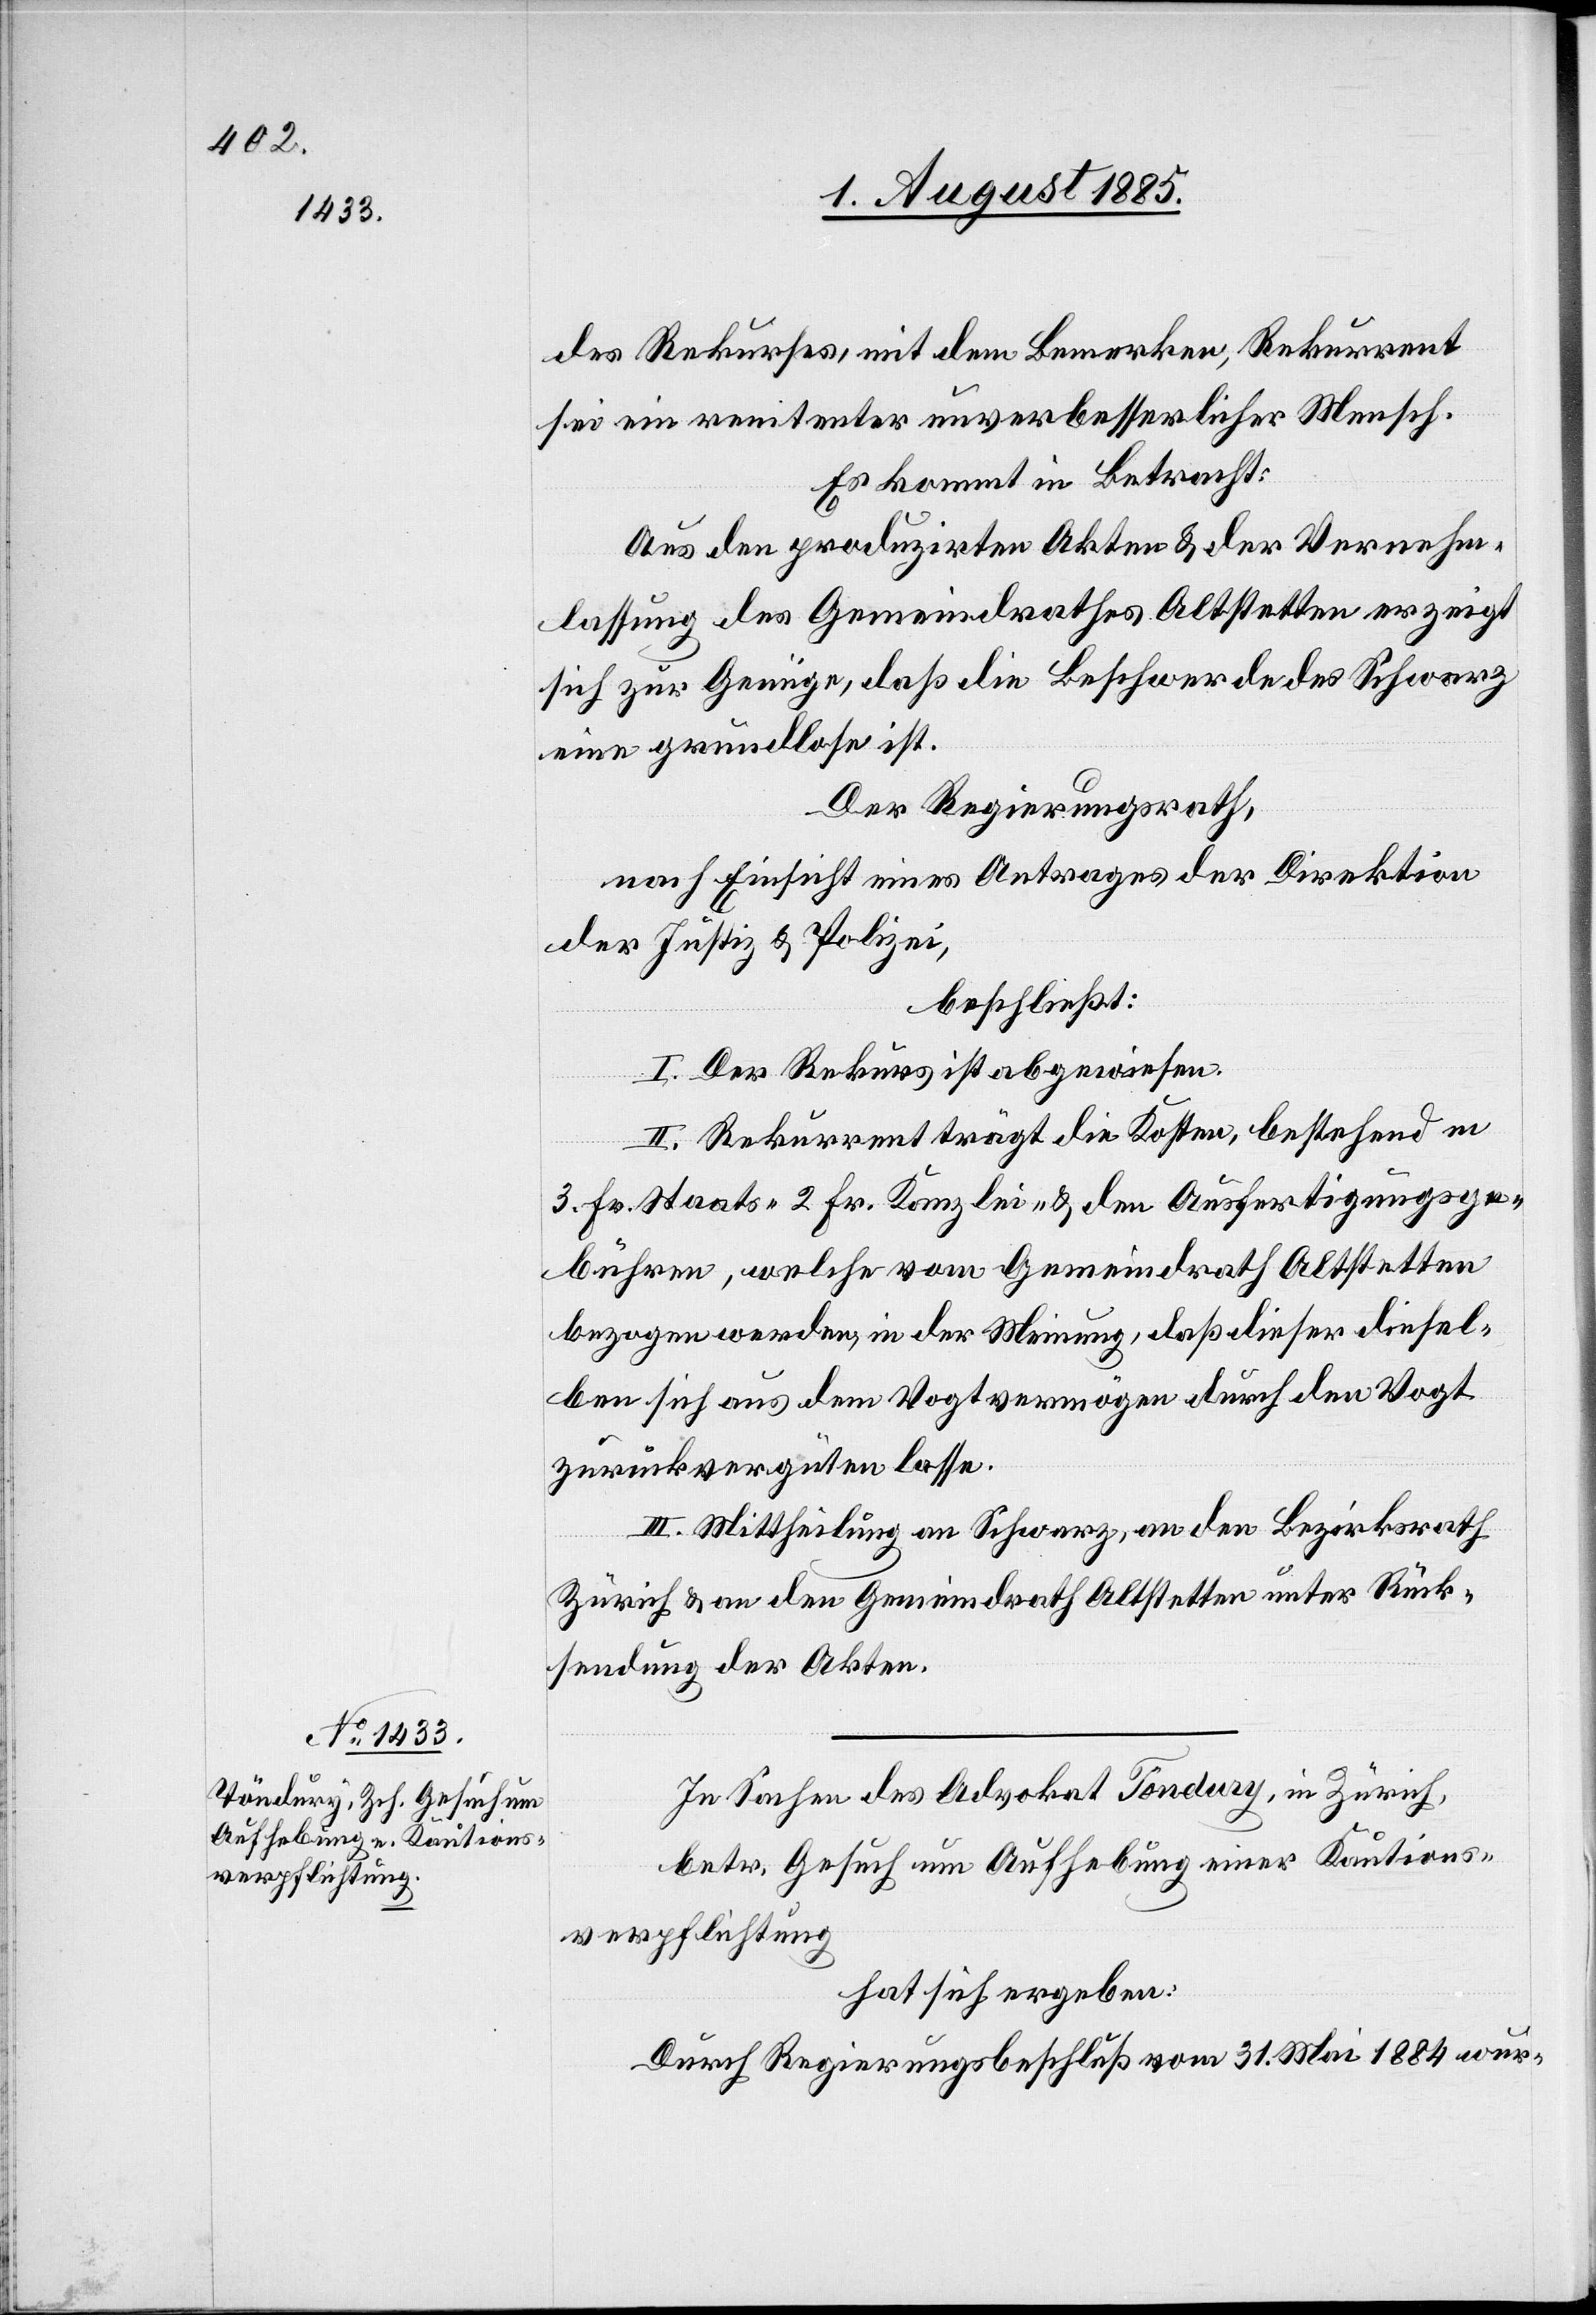
Stempelg¬

des Rekurses, mit dem Bemerken, Rekurrent
sei ein renitenter unverbesserlicher Mensch.
Es kommt in Betracht:
Aus den produzirten Akten & der Vernehm¬
lassung des Gemeindrathes Altstetten erzeigt
sich zur Genüge, daß die Beschwerde des Schwarz
eine grundlose ist.
Der Regierungsrath,
nach Einsicht eines Antrages der Direktion
der Justiz & Polizei,
beschließt:
I. Der Rekurs ist abgewiesen.
II. Rekurrent trägt die Kosten, bestehend in
3 Fr. Staats-[,] 2 Fr. Kanzlei- & den Ausfertigungs-
ebühren, welche vom Gemeindrath Altstetten
bezogen werden, in der Meinung, daß dieser diesel¬
ben sich aus dem Vogtvermögen durch den Vogt
zurückvergüten lasse.
III. Mittheilung an Schwarz, an den Bezirksrath
Zürich & an den Gemeindrath Altstetten unter Rück¬
sendung der Akten.
In Sachen des Advokat Töndury, in Zürich,
betr. Gesuch um Aufhebung einer Kautions¬
verpflichtung
hat sich ergeben:
Durch Regierungsbeschluß vom 31. Mai 1884 wur-